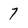
Character: 7